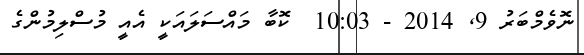
ނޮވެމްބަރު 9